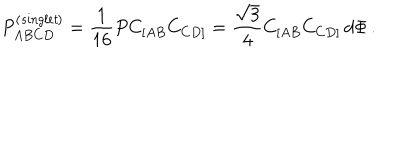
LaTeX: P _ { A B C D } ^ { \left( { \it s i n g l e t } \right) } = \frac { 1 } { 1 6 } P C _ { [ A B } C _ { C D ] } = \frac { \sqrt { 3 } } { 4 } C _ { [ A B } C _ { C D ] } \, d \Phi \, .